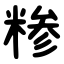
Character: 糁